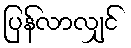
ပြန်လာလျှင်